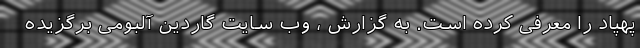
پهپاد را معرفی کرده است. به گزارش ، وب سایت گاردین آلبومی برگزیده